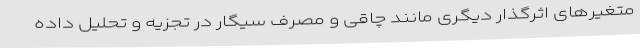
متغیرهای اثرگذار دیگری مانند چاقی و مصرف سیگار در تجزیه و تحلیل داده